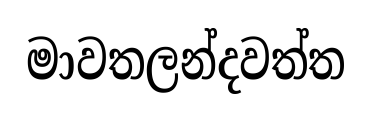
මාවතලන්දවත්ත